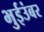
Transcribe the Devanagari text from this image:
भुईउंबर